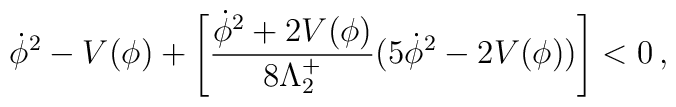
\dot{\phi}^2-V(\phi)+\left[\frac{\dot{\phi}^2+2V(\phi)}{8\Lambda_2^+}(5\dot{\phi}^2-2V(\phi))\right]<0\,,